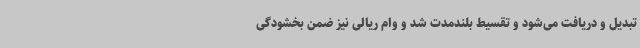
تبدیل و دریافت می‌شود و تقسیط بلندمدت شد و وام ریالی نیز ضمن بخشودگی